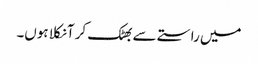
میں راستے سے بھٹک کر آ نکلا ہوں۔